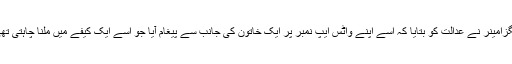
ایگزامینر نے عدالت کو بتایا کہ اُسے اپنے واٹس ایپ نمبر پر ایک خاتون کی جانب سے پیغام آیا جو اُسے ایک کیفے میں ملنا چاہتی تھی۔